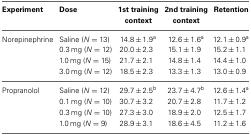
| Experiment | Dose | 1st training context | 2nd training context | Retention |
 | --- | --- | --- | --- | --- |
 | Norepinephrine | Saline (N = 13) | 14.8 ± 1.9a | 12.6 ± 1.6a | 12.1 ± 0.9a |
 |  | 0.3 mg (N = 12) | 20.0 ± 2.3 | 15.1 ± 1.9 | 15.2 ± 1.1 |
 |  | 1.0 mg (N = 15) | 21.7 ± 2.1 | 14.8 ± 1.4 | 14.4 ± 1.0 |
 |  | 3.0 mg (N = 12) | 18.5 ± 2.3 | 13.3 ± 1.3 | 13.0 ± 0.9 |
 | Propranolol | Saline (N = 12) | 29.7 ± 2.5b | 23.7 ± 4.7b | 12.6 ± 1.4a |
 |  | 0.1 mg (N = 10) | 30.7 ± 3.2 | 20.7 ± 2.8 | 11.7 ± 1.2 |
 |  | 0.3 mg (N = 10) | 27.3 ± 3.0 | 18.9 ± 2.0 | 12.5 ± 1.7 |
 |  | 1.0 mg (N = 9) | 28.9 ± 3.1 | 18.6 ± 4.5 | 11.2 ± 1.6 |